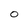
Character: 0